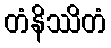
တံနိဿိတံ